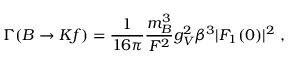
\Gamma ( B \to K f ) = \frac { 1 } { 1 6 \pi } \frac { m _ { B } ^ { 3 } } { F ^ { 2 } } g _ { V } ^ { 2 } \beta ^ { 3 } | F _ { 1 } ( 0 ) | ^ { 2 } \ ,